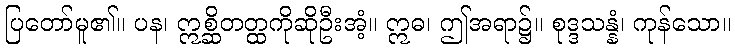
ပြတော်မူ၏။ ပန၊ ဣစ္ဆိတတ္ထကိုဆိုဦးအံ့။ ဣဓ၊ ဤအရာ၌။ စုဒ္ဒသန္နံ၊ ကုန်သော။